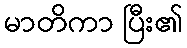
မာတိကာ ပြီး၏